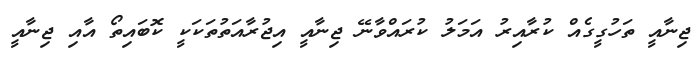
ޖިނާއީ ތަހުގީގެއް ކުރާއިރު އަމަލު ކުރައްވާނޭ ޖިނާއީ އިޖުރާއަތުތަކަކީ ކޮބައިތޯ އާއި ޖިނާއީ